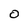
Character: 0